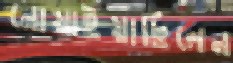
নোয়াইয়াছিলেন